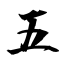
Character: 五